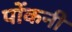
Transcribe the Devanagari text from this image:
पोंकनी